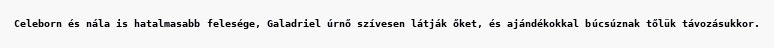
Celeborn és nála is hatalmasabb felesége, Galadriel úrnő szívesen látják őket, és ajándékokkal búcsúznak tőlük távozásukkor.